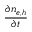
\frac { \partial n _ { e , h } } { \partial t }